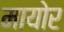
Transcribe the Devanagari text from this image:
मायोर